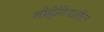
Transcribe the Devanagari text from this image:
बोहेमियातील